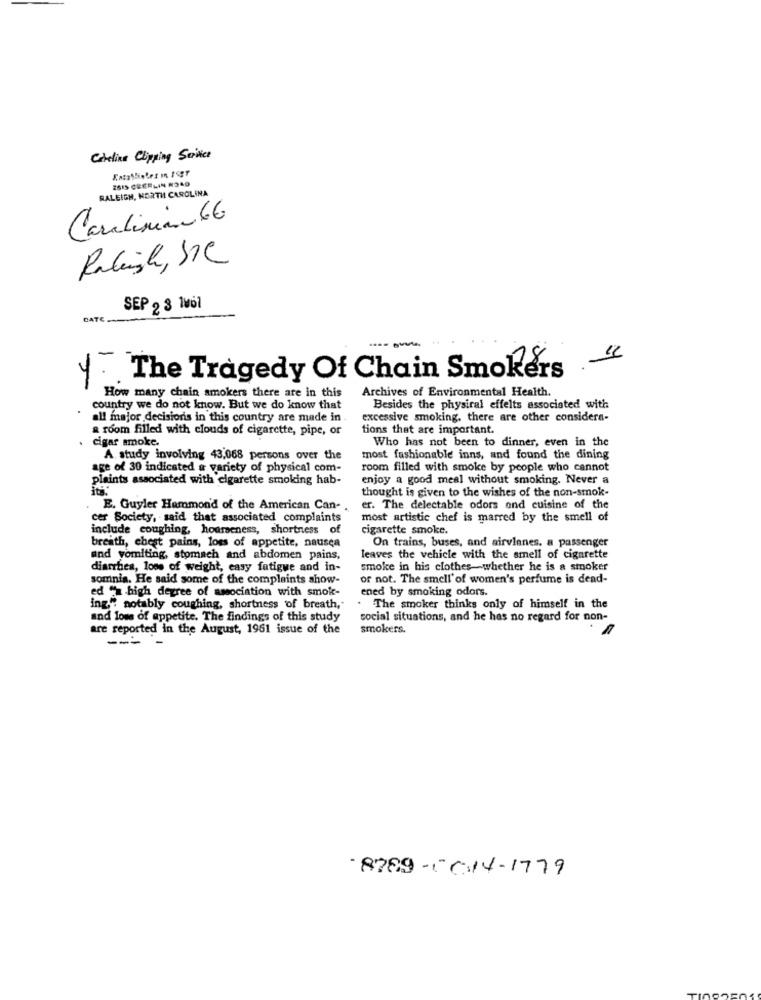
Carolina Chipping Service
2615 CBERLIN R340
RALEIGH, NORTH CAROLINA
Carlini 66
Raleigh, SIC
SEP 2 3 1vol
DATE
y. The Tragedy Of Chain Smokers . “
Archives of Environmental Health.
How many chain smokers there are in this
country we do not know. But we do know that
Besides the physical effelts associated with
all major decisionis in this country are made in.
excessive smoking, there are other considera-
a room filled with clouds of cigarette, pipe, or
tions that are important.
cigar smoke.
Who has not been to dinner, even in the
A study involving 43,068 persons over the
most fashionable inns, and found the dining
age of 30 indicated a variety of physical com-
room filled with smoke by people who cannot
plaints associated with cigarette smoking hab-
enjoy a good meal without smoking. Never a
it8.
thought is given to the wishes of the non-smok-
E. Guyler Hammond of the American Can ..
er. The delectable odors and cuisine of the
cer Society, said that associated complaints
most artistic chef is marred by the smell of
include coughing, hoarseness, shortness of
cigarette smoke.
breath, chest pains, loss of appetite, nausea
On trains, buses, and airvienes. a passenger
and vomiting, stomach and abdomen pains,
leaves the vehicle with the smell of cigarette
diarrhea, loss of weight, easy fatigue and in-
smoke in his clothes-whether he is a smoker
somnia. He said some of the complaints show-
of not. The smell' of women's perfume is dead-
ed "a high degree of association with smoke-
ened by smoking odors.
ing." notably coughing, shortness of breath,
. The smoker thinks only of himself in the
and loss of appetite. The findings of this study
social situations, and he has no regard for non-
are reported in the August, 1961 issue of the
smokers.
--- -
8789-6614-1779